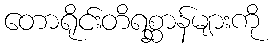
တောရိုင်းတိရစ္ဆာန်များကို